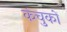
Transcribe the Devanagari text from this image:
कंचुकों